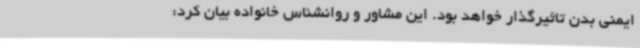
ایمنی بدن تاثیرگذار خواهد بود. این مشاور و روانشناس خانواده بیان کرد: